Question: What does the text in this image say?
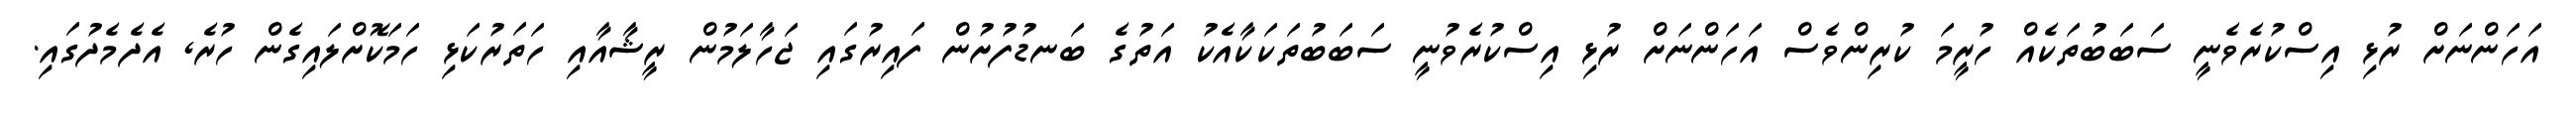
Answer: އަހަންނަށް ރުޅި އިސްކުރެވެނީ ސަބަބުތަކެއް ހުރީމަ ކުރިންވެސް އަހަންނަށް ރުޅި އިސްކުރެވުނީ ސަބަބުތަކަކާއެކު އަތުގެ ބަނޑުފުށުން ފައިރުގައި ޖަހާލަމުން ރީޝާއާއި ހަތަރުކަޅި ހަމަކޮށްލައިގެން ހުރެ, އެދެމެދުގައި.